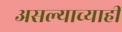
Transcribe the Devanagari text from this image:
असल्याच्याही